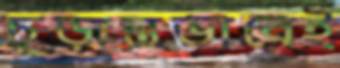
চূড়ান্তভাবেই